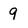
Character: 9